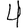
Digit: 4